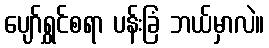
ပျော်ရွှင်စရာ ပန်းခြံ ဘယ်မှာလဲ။